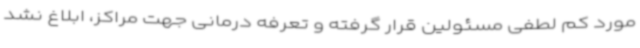
مورد کم لطفی مسئولین قرار گرفته و تعرفه درمانی جهت مراکز، ابلاغ نشد